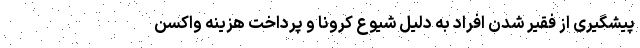
پیشگیری از فقیر شدن افراد به دلیل شیوع کرونا و پرداخت هزینه واکسن